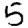
Digit: 5